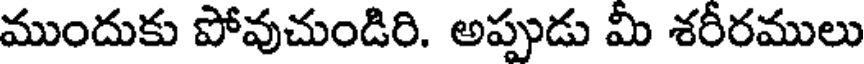
ముందుకు పోవుచుండిరి. అప్పుడు మీ శరీరములు